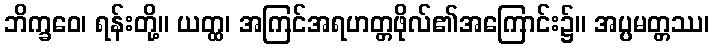
ဘိက္ခဝေ၊ ရန်းတို့။ ယတ္ထ၊ အကြင်အရဟတ္တဖိုလ်၏အကြောင်း၌။ အပ္ပမတ္တဿ၊